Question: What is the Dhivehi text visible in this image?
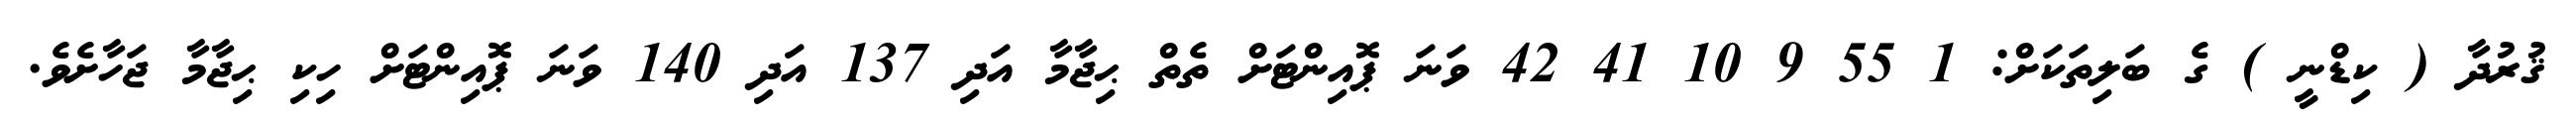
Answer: ޤުރުދާ ( ކިޑްނީ ) ގެ ބަލިތަކަށް: 1 55 9 10 41 42 ވަނަ ޕޮއިންޓަށް ތެތް ޙިޖާމާ އަދި 137 އަދި 140 ވަނަ ޕޮއިންޓަށް ހިކި ޙިޖާމާ ޖަހާށެވެ.